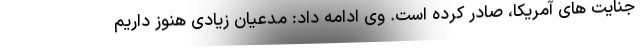
جنایت های آمریکا، صادر کرده است. وی ادامه داد: مدعیان زیادی هنوز داریم